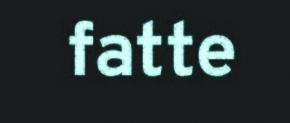
fatte